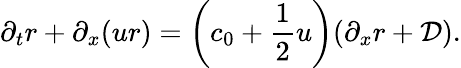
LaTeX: \partial_{t}r+\partial_{x}(ur)=\left(c_{0}+\frac{1}{2}u\right)(\partial_{x}r+\mathcal{D}).